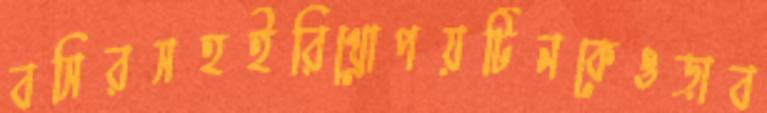
বসিরসহইরিথ্রোপয়টিনকেওড়াব